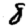
Digit: 8